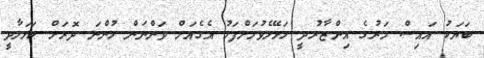
ބަޔަކު އައިސް މަރުގެ އިންޒާރުދީ ހަޅޭލެވުމަށްފަހު އެގެއަށް ވަންނަން ހުންނަ ދޮރަށް ޙަމަލާދީ